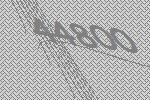
44800